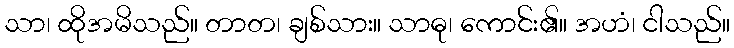
သာ၊ ထိုအမိသည်။ တာတ၊ ချစ်သား။ သာဓု၊ ကောင်း၏။ အဟံ၊ ငါသည်။